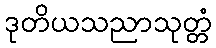
ဒုတိယသညာသုတ္တံ